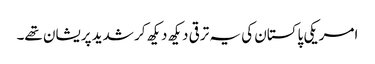
امریکی پاکستان کی یہ ترقی دیکھ دیکھ کر شدید پریشان تھے۔